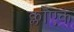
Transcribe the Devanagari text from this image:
क्लोएक